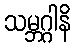
သမ္ဘဂ္ဂါနိ